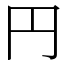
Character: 円